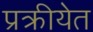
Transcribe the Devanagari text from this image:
प्रक्रीयेत